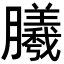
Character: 𣎮